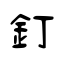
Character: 釘